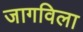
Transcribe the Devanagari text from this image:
जागविला